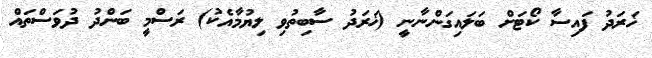
ޚަރަދު ފައިސާ ކޯޓަށް ބަލައިގަންނާނީ (ޚަރަދު ސާބިތުވި ލިޔުމާއެކު) ރަސްމީ ބަންދު ދުވަސްތައް